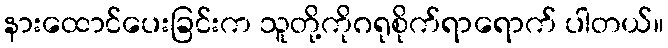
နားထောင်ပေးခြင်းက သူတို့ကိုဂရုစိုက်ရာရောက် ပါတယ်။